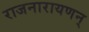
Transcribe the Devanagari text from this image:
राजनारायणन्